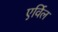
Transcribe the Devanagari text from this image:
एर्विल